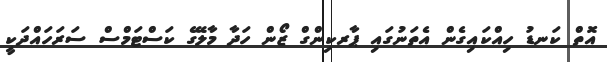
އޮތް ކަނޑު ހިއްކައިގެން އެތަނުގައި ޕާރކިންގް ޒޯން ހަދާ މާލޭގެ ކަސްޓަމްސް ސަރަހައްދަކީ